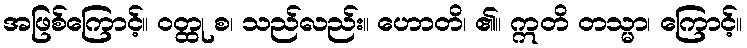
အဖြစ်ကြောင့်။ ဝတ္ထု စ၊ သည်လည်း။ ဟောတိ၊ ၏။ ဣတိ တသ္မာ၊ ကြောင့်။